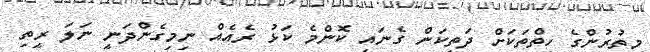
މިތުރުންގެ ހިތްތަކަށް ދަތިކަން ގެނައި ކޮންމެ ކަޅު ރެއެއް ނިމިގެންދަނީ ނަލަ ރީތި